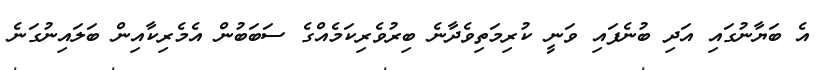
އެ ބަޔާނުގައި އަދި ބުނެފައި ވަނީ ކުރިމަތިވެދާނެ ބިރުވެރިކަމެއްގެ ސަބަބުން އެމެރިކާއިން ބަލައިނުގަނެ